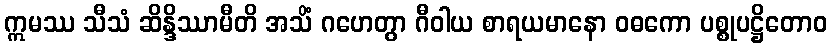
ဣမဿ သီသံ ဆိန္ဒိဿာမီတိ အသိံ ဂဟေတွာ ဂီဝါယ စာရယမာနော ဝဓကော ပစ္စုပဋ္ဌိတောဝ